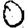
Digit: 0